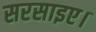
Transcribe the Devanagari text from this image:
सरसाइए।